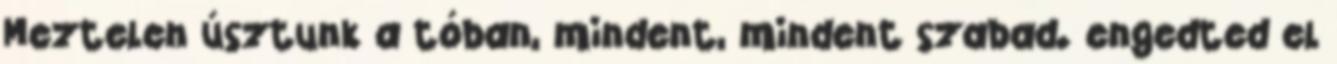
Meztelen úsztunk a tóban, mindent, mindent szabad. engedted el